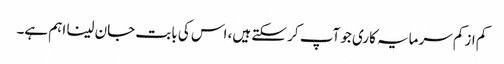
کم از کم سرمایہ کاری جو آپ کر سکتے ہیں، اس کی بابت جان لینا اہم ہے۔